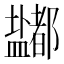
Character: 𰥈